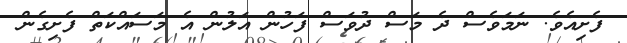
ފެށިއެވެ. ނަމަވެސް ދެ މަސް ދުވަސް ފަހުން އަލުން އެ މަސައްކަތް ފެށިގެން